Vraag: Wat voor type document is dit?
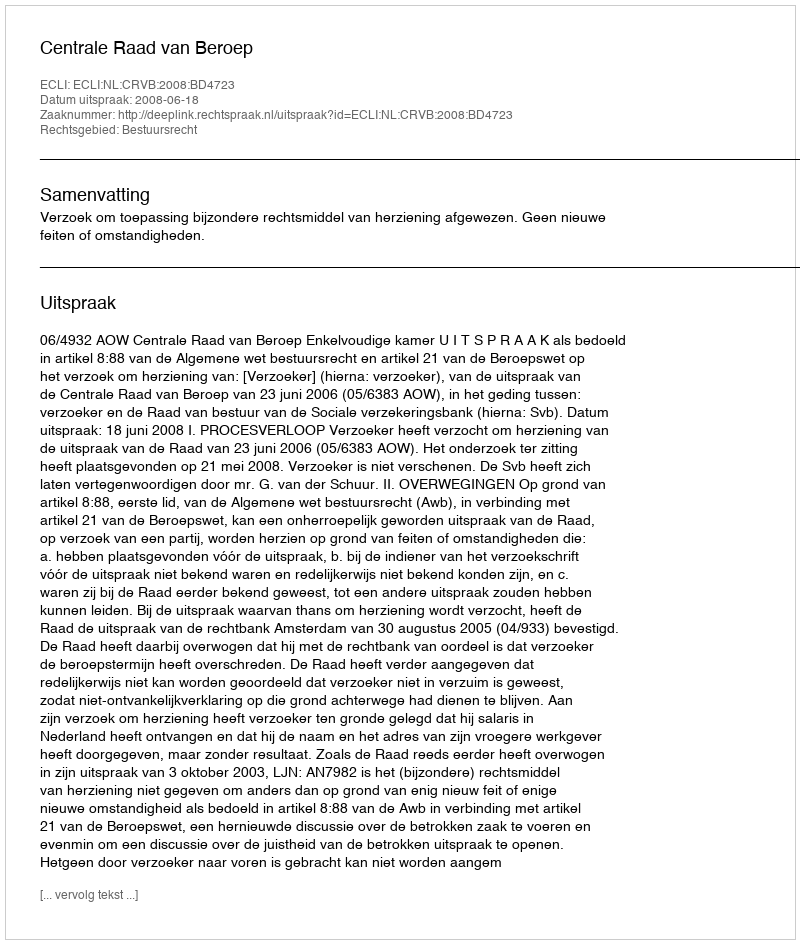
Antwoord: Uitspraak